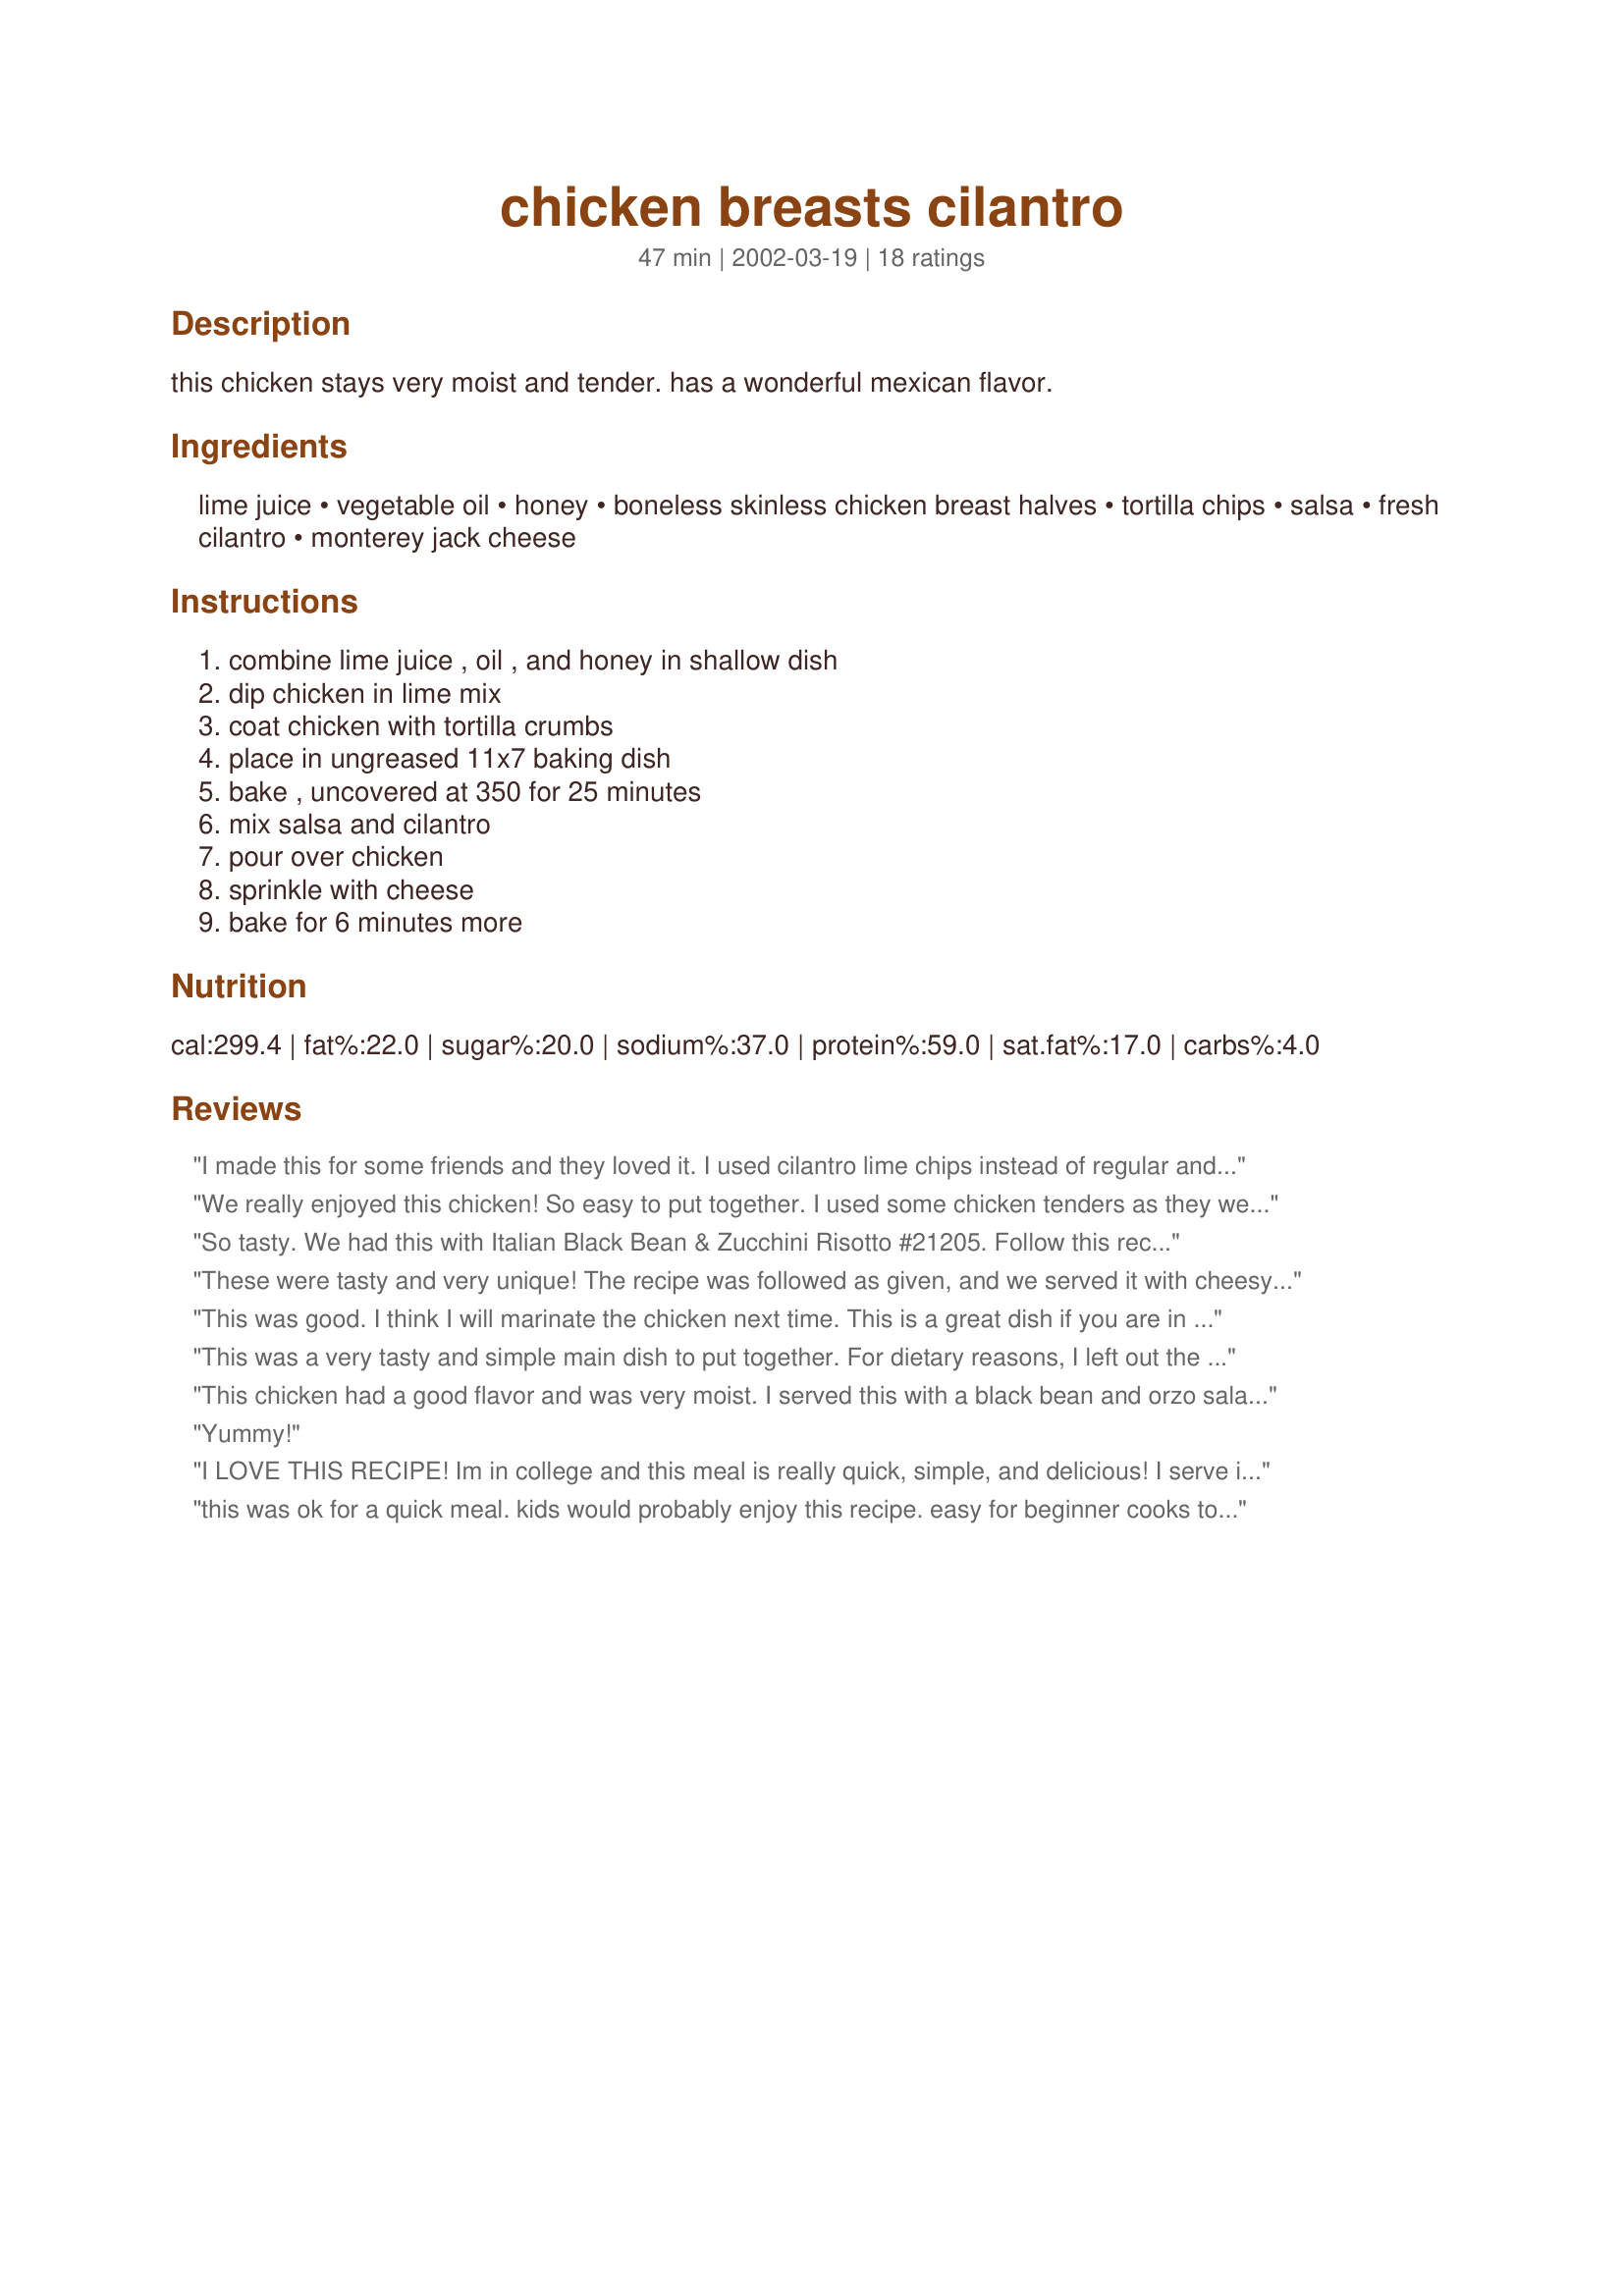
chicken breasts cilantro
Preparation time: 47 minutes

this chicken stays very moist and tender. has a wonderful mexican flavor.

Ingredients:
lime juice, vegetable oil, honey, boneless skinless chicken breast halves, tortilla chips, salsa, fresh cilantro, monterey jack cheese

Steps:
combine lime juice , oil , and honey in shallow dish, dip chicken in lime mix, coat chicken with tortilla crumbs, place in ungreased 11x7 baking dish, bake , uncovered at 350 for 25 minutes, mix salsa and cilantro, pour over chicken, sprinkle with cheese, bake for 6 minutes more

Reviews:
I made this for some friends and they loved it. I used cilantro lime chips instead of regular and it added to the flavor. I also ended cooking mine for 40 min instead of 25. Great chicken recipe, will use again.
We really enjoyed this chicken! So easy to put together. I used some chicken tenders as they were on sale and really enjoyed the taste of tortilla chips as the coating. They got nice and crispy in the oven and still stayed pretty crunchy even after pouring on the salsa and cheese. I would highly recommend using fresh cilantro mixed with the salsa and not the jarred cilantro salsa... the fresh cilantro really added the best kick and we will be making this again!
So tasty. We had this with Italian Black Bean & Zucchini Risotto #21205. Follow this recipe just as it is, and your chicken will be nice and tender.
These were tasty and very unique! The recipe was followed as given, and we served it with cheesy black bean salsa pasta. Yum!
This was good. I think I will marinate the chicken next time. This is a great dish if you are in a hurry.
This was a very tasty and simple main dish to put together. For dietary reasons, I left out the oil and used tequilla instead. I also marinated the chicken for a couple hours before proceeding. Used low sodium baked tortilla chips and fat free cheese with good results. Served with Black 
bean and Corn Salad #27778 and they complimented each other well. Thank you MizzNezz for sharing the recipe.
This chicken had a good flavor and was very moist. I served this with a black bean and orzo salad #4261. I think corn on the cob would be a good side as well.
Yummy!
I LOVE THIS RECIPE! Im in college and this meal is really quick, simple, and delicious! I serve it on top of yellow rice and Im good to go! YUM
this was ok for a quick meal. kids would probably enjoy this recipe. easy for beginner cooks to make. messy pan to clean after.
This is an excellent and tasty way to make chicken breasts. The flavor of the lime really pushes through! As I added this recipe to my online cookbook, I noticed that I have SEVERAL recipes from Mizz Nezz - what a great cook!
Made as directed and you are right when you say very moist and tender with a wonderful mexican flavor. Thank you for posting such a great recipe.
This was delicious....not necessarily pretty, but delicious! It has a lot of tastes going on, but they all seem to blend together nicely. It was a little on the salty side, but that could be the chips. I used a medium salsa which added a nice heat to it. I didn't have monterey jack cheese so I used cheddar. Very easy to put together. Pam
Even better with lime flavored tortilla chips and fresh salsa cruda! Loved it! Chicken stayed moist and cooked faster than I thought, even using thick chicken breasts. Definitely a keeper!
Very good, I will be making again. I used lemon since I had no lime and put some garlic powder on the chicken. Also, I put some dried cilantro in the tortilla mix.
Made this last week and it was wonderful. I have a very similar recipe that I make, and this was a nice change (a little easier). Thanks!
These were some good chicken breasts! Very moist. I followed the directions exactly as posted. I loved how the tortilla crumbs added a little bit of unexpected crunch to the chicken. I used medium salsa which gave them a semi-hot kick. I served this with yellow rice. I would definitely make these again.
The chicken was moist- and I thought tasted great. DH was iffy on the salsa- but ate it anyways. I added some taco seasoning to crushed tortilla chips for some extra spice.
